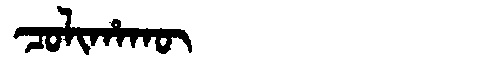
Manchu: ᠴᠣᠯᡳᡥᠠᡴᡡ
Romanization: COLIHAKŪ